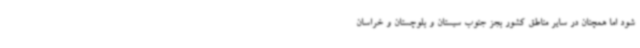
شود اما همچنان در سایر مناطق کشور بجز جنوب سیستان و بلوچستان و خراسان